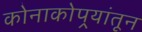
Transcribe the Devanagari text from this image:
कोनाकोपर्‍यांतून